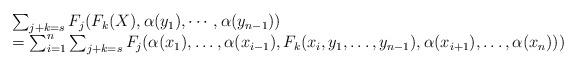
LaTeX: \begin{align*}\begin{array}{ll}&\sum_{j+k=s} F_j(F_k(X), \alpha(y_1), \cdots, \alpha(y_{n-1}))\\& = \sum_{i=1}^n \sum_{j+k=s} F_j(\alpha(x_1), \ldots, \alpha(x_{i-1}), F_k(x_i, y_1, \ldots, y_{n-1}), \alpha(x_{i+1}), \ldots, \alpha(x_{n})))\end{array}\end{align*}